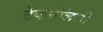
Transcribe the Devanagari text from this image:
टेकनॉलजी